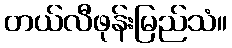
တယ်လီဖုန်းမြည်သံ။